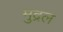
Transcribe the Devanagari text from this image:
मुद्रल